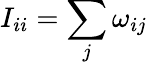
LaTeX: I_{ii}=\sum_{j}\omega_{ij}